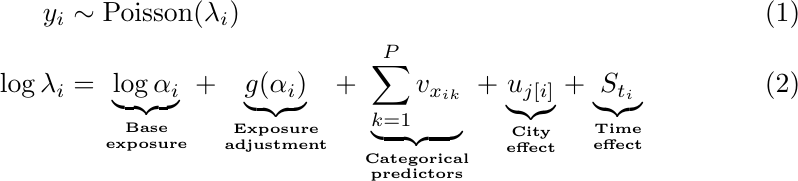
\begin{align}
y_i &\sim \mathrm{Poisson}(\lambda_i) \\
\log \lambda_i &= \underbrace{\log{\alpha_i}}_{\textbf{Base}\atop\textbf{exposure}} + \underbrace{g(\alpha_i)}_{\textbf{Exposure}\atop\textbf{adjustment}} + \underbrace{\sum_{k=1}^P v_{x_{ik}} }_{\textbf{Categorical}\atop\textbf{predictors}} + \underbrace{u_{j[i]}}_{\textbf{City}\atop\textbf{effect}} + \underbrace{S_{t_i}}_{\textbf{Time}\atop\textbf{effect}}
\label{sum_eqn}
\end{align}